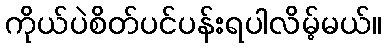
ကိုယ်ပဲစိတ်ပင်ပန်းရပါလိမ့်မယ်။